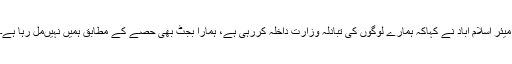
میئر اسلام آباد نے کہاکہ ہمارے لوگوں کی تبادلہ وزارت داخلہ کررہی ہے، ہمارا بجٹ بھی حصے کے مطابق ہمیں نہیںمل رہا ہے۔